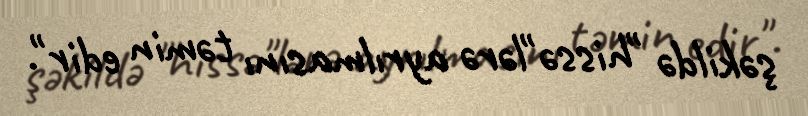
şəkildə "hissə"lərə ayrılmasını təmin edir".